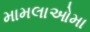
મામલાઓમા